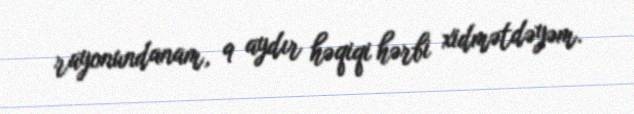
rayonundanam, 9 aydır həqiqi hərbi xidmətdəyəm.